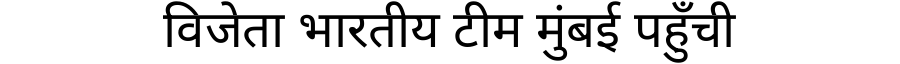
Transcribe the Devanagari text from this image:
विजेता भारतीय टीम मुंबई पहुँची